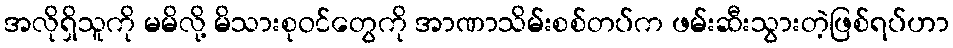
အလိုရှိသူကို မမိလို့ မိသားစုဝင်တွေကို အာဏာသိမ်းစစ်တပ်က ဖမ်းဆီးသွားတဲ့ဖြစ်ရပ်ဟာ